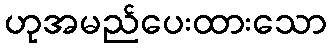
ဟုအမည်ပေးထားသော